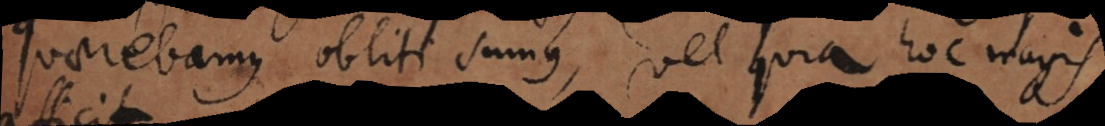
quaerebamus obliti sumus, vel quia hoc magis